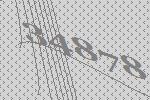
34878